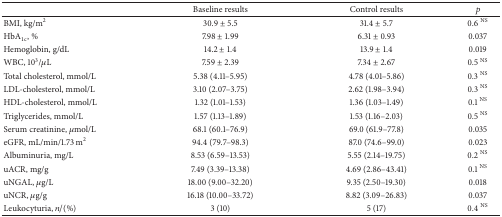
|  | Baseline results | Control results | p |
 | --- | --- | --- | --- |
 | BMI, kg/m2 | 30.9 ± 5.5 | 31.4 ± 5.7 | 0.6 NS |
 | HbA1c, % | 7.98 ± 1.99 | 6.31 ± 0.93 | 0.037 |
 | Hemoglobin, g/dL | 14.2 ± 1.4 | 13.9 ± 1.4 | 0.019 |
 | WBC, 103/μL | 7.59 ± 2.39 | 7.34 ± 2.67 | 0.5 NS |
 | Total cholesterol, mmol/L | 5.38 (4.11–5.95) | 4.78 (4.01–5.86) | 0.3 NS |
 | LDL-cholesterol, mmol/L | 3.10 (2.07–3.75) | 2.62 (1.98–3.94) | 0.3 NS |
 | HDL-cholesterol, mmol/L | 1.32 (1.01–1.53) | 1.36 (1.03–1.49) | 0.1 NS |
 | Triglycerides, mmol/L | 1.57 (1.13–1.89) | 1.53 (1.16–2.03) | 0.5 NS |
 | Serum creatinine, μmol/L | 68.1 (60.1–76.9) | 69.0 (61.9–77.8) | 0.035 |
 | eGFR, mL/min/1.73 m2 | 94.4 (79.7–98.3) | 87.0 (74.6–99.0) | 0.023 |
 | Albuminuria, mg/L | 8.53 (6.59–13.53) | 5.55 (2.14–19.75) | 0.2 NS |
 | uACR, mg/g | 7.49 (3.39–13.38) | 4.69 (2.86–43.41) | 0.1 NS |
 | uNGAL, μg/L | 18.00 (9.00–32.20) | 9.35 (2.50–19.30) | 0.018 |
 | uNCR, μg/g | 16.18 (10.00–33.72) | 8.82 (3.09–26.83) | 0.037 |
 | Leukocyturia, n/(%) | 3 (10) | 5 (17) | 0.4 NS |